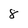
Character: 8